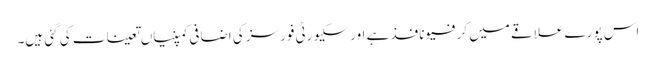
اس پورے علاقے میں کرفیو نافذ ہے اور سکیورٹی فورسز کی اضافی کمپنیاں تعینات کی گئی ہیں۔